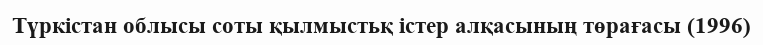
Түркістан облысы соты қылмыстьқ істер алқасының төрағасы (1996)